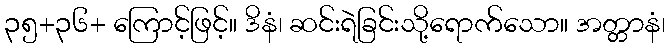
၃၅+၃၆+ ကြောင့်ဖြင့်။ ဒိနံ၊ ဆင်းရဲခြင်းသို့ရောက်သော။ အတ္တာနံ၊